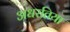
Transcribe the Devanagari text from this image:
अधरतिया